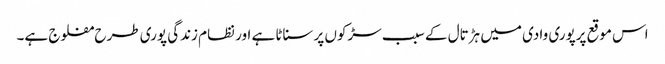
اس موقع پرپوری وادی میں ہڑتال کے سبب سڑکوں پر سناٹا ہے اور نظام زندگی پوری طرح مفلوج ہے۔